Vaccination in Bombay 1869-1873 - 1869-1873
Year: 1869
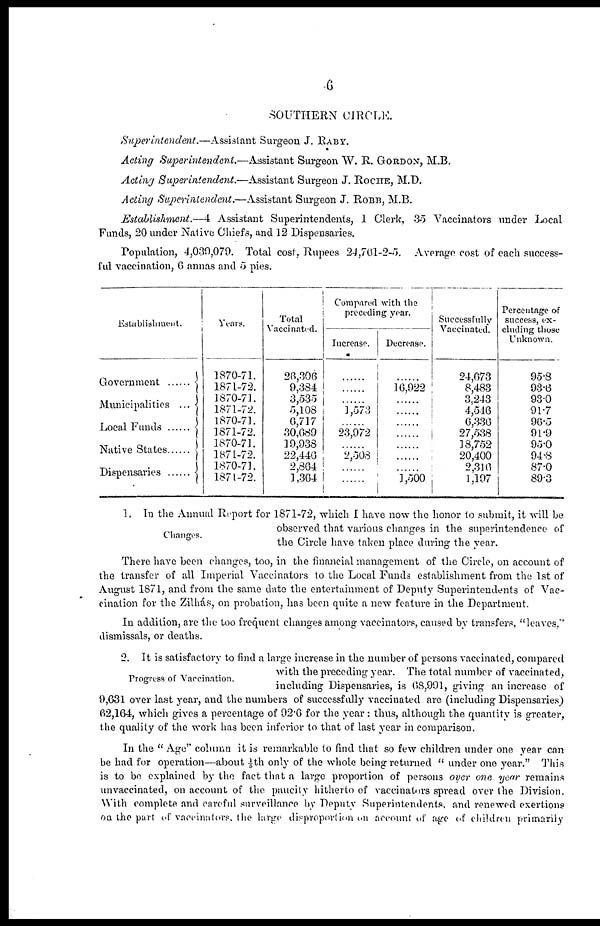
6
SOUTHERN CIRCLE.
Superintendent.—Assistant
Surgeon J. RABY.
Acting Superintendent.—Assistant
Surgeon W. R. GORDON, M.B.
Acting Superintendent.—Assistant
Surgeon J. ROCHE, M.D.
Acting Superintendent.—Assistant
Surgeon J. ROBB, M.B.
Establishment.—4
Assistant Superintendents, 1 Clerk, 35 Vaccinators under Local
Funds, 20 under Native Chiefs, and 12 Dispensaries.
Population, 4,039,079. Total cost, Rupees 24,761-2-5. Average cost of each success-
ful vaccination, 6 annas and 5 pies.
Establishment.
Government ........
Municipalities ...
Native States
Years.
1870-71.
1871-72.
1870-71.
1871-72.
1870-71.
1871-72.
1870-71.
1871-72.
1870-71.
1871-72.
Total
Vaccinated.
26,306
9,384
3,535
5,108
0,717
30,089
19,938
22,440
2,864
1,364
Compared with the
preceding year.
Increase.
......
......
......
1,573
23,972
2,508
Decrease.
......
16,922
......
......
1,500
Successfully
Vaccinated.
24,673
8,483
3,243
4,546
6,336
27,538
18,752
20,400
2,316
1,197
Percentage of
success, ex-
cluding those
Unknown.
95.8
93.6
93.0
91.7
96.5
91.9
95.0
94.8
87.0
893
Changes.
1. In the Annual Report for 1871-72, which I have now the honor to submit, it will be
observed that various changes in the superintendence of
the Circle have taken place during the year.
There have been changes, too, in the financial management of the Circle, on account of
the transfer of all Imperial Vaccinators to the Local Funds establishment from the 1st of
August 1871, and from the same date the entertainment of Deputy Superintendents of Vac-
cination for the Zilhás, on probation, has been quite a new feature in the Department.
In addition, are the too frequent changes among vaccinators, caused by transfers, "leaves,"
dismissals, or deaths.
Progress of Vaccination.
2. It is satisfactory to find a large increase in the number of persons vaccinated, compared
with the preceding year. The total number of vaccinated,
including Dispensaries, is 68,991, giving an increase of
9,631 over last year, and the numbers of successfully vaccinated are (including Dispensaries)
62,164, which gives a percentage of 92.6 for the year : thus, although the quantity is greater,
the quality of the work has been inferior to that of last year in comparison.
In the " Age" column it is remarkable to find that so few children under one year can
be had for operation—about 1/5th only of the whole being returned " under one year." This
is to be explained by the fact that a large proportion of persons over one year remains
unvaccinated, on account of the paucity hitherto of vaccinators spread over the Division.
With complete and careful surveillance by Deputy Superintendents, and renewed exertions
on the part of vaccinators the large disproportion on account of age of children primarily